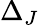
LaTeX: \Delta_{J}